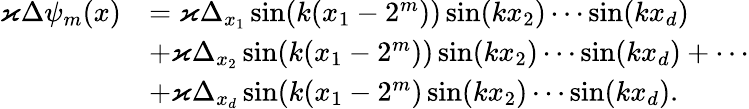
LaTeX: \begin{array}{rl}{\varkappa\Delta\psi_{m}(x)}&{=\varkappa\Delta_{x_{1}}\sin(k(x_{1}-2^{m}))\sin(kx_{2})\cdots\sin(kx_{d})}\\ &{+\varkappa\Delta_{x_{2}}\sin(k(x_{1}-2^{m}))\sin(kx_{2})\cdots\sin(kx_{d})+\cdots}\\ &{+\varkappa\Delta_{x_{d}}\sin(k(x_{1}-2^{m})\sin(kx_{2})\cdots\sin(kx_{d}).}\end{array}